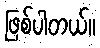
ဖြစ်ပါတယ်။